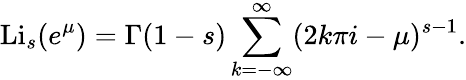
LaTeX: \operatorname{Li}_{s}(e^{\mu})=\Gamma(1-s)\sum_{k=-\infty}^{\infty}(2k\pi i-\mu)^{s-1}.